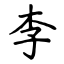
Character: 李